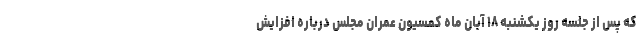
که پس از جلسه روز یکشنبه ۱۸ آبان ماه کمسیون عمران مجلس درباره افزایش